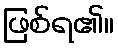
ဖြစ်ရ၏။